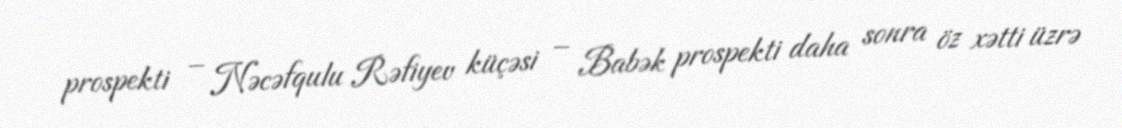
prospekti – Nəcəfqulu Rəfiyev küçəsi – Babək prospekti daha sonra öz xətti üzrə